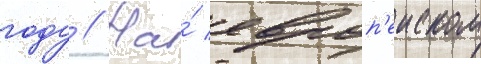
году // На́ европ'еиском